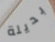
بديلة